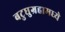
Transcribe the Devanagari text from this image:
बटुघुग्रहामध्ये